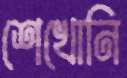
শেখোনি